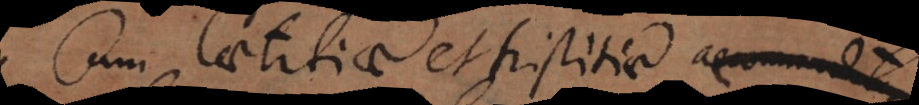
Cum laetitiae et tristitiae ac